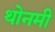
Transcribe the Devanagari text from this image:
थोनमी